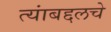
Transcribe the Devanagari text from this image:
त्यांबद्दलचे